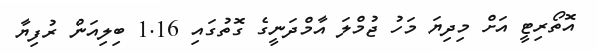
އޮތޯރިޓީ އަށް މިދިޔަ މަހު ޖުމްލަ އާމްދަނީގެ ގޮތުގައި 1.16 ބިލިއަން ރުފިޔާ